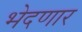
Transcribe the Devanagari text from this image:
भेदणार